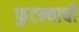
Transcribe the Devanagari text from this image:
फुटन्याची